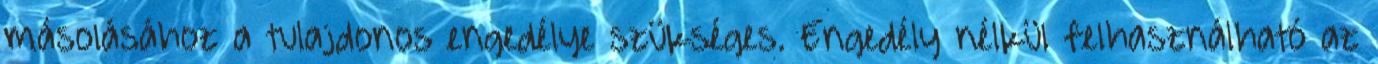
másolásához a tulajdonos engedélye szükséges. Engedély nélkül felhasználható az